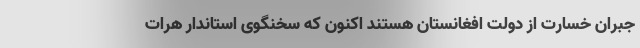
جبران خسارت از دولت افغانستان هستند اکنون که سخنگوی استاندار هرات